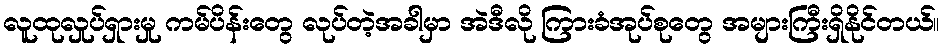
လူထုလှုပ်ရှားမှု ကမ်ပိန်းတွေ လုပ်တဲ့အခါမှာ အဲဒီလို ကြားခံအုပ်စုတွေ အများကြီးရှိနိုင်တယ်။